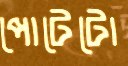
পোটেটো